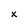
Character: x